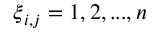
\boldsymbol { \xi } _ { i , j } = 1 , 2 , . . . , n